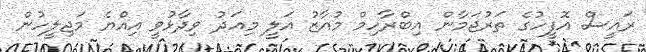
ރައީސް އޮފީހުގެ ތަރުޖަމާން އިބްރާހިމް މުއާޒު އަލީ މިއަދު ވިދާޅުވީ އިއްޔެ މަޖިލީހުން